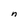
Character: n